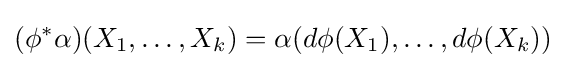
(\phi ^{*}\alpha )(X_{1},\ldots ,X_{k})=\alpha (d\phi (X_{1}),\ldots ,d\phi (X_{k}))